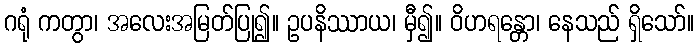
ဂရုံ ကတွာ၊ အလေးအမြတ်ပြု၍။ ဥပနိဿာယ၊ မှီ၍။ ဝိဟရန္တော၊ နေသည် ရှိသော်။